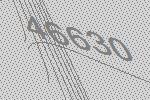
46630